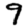
Digit: 9